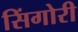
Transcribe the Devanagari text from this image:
सिंगोरी